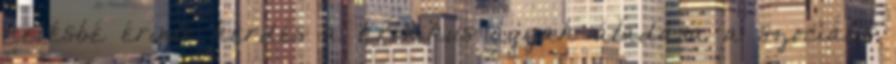
kevésbé érintő kérdés a krónikus ágyak átadása a szociális